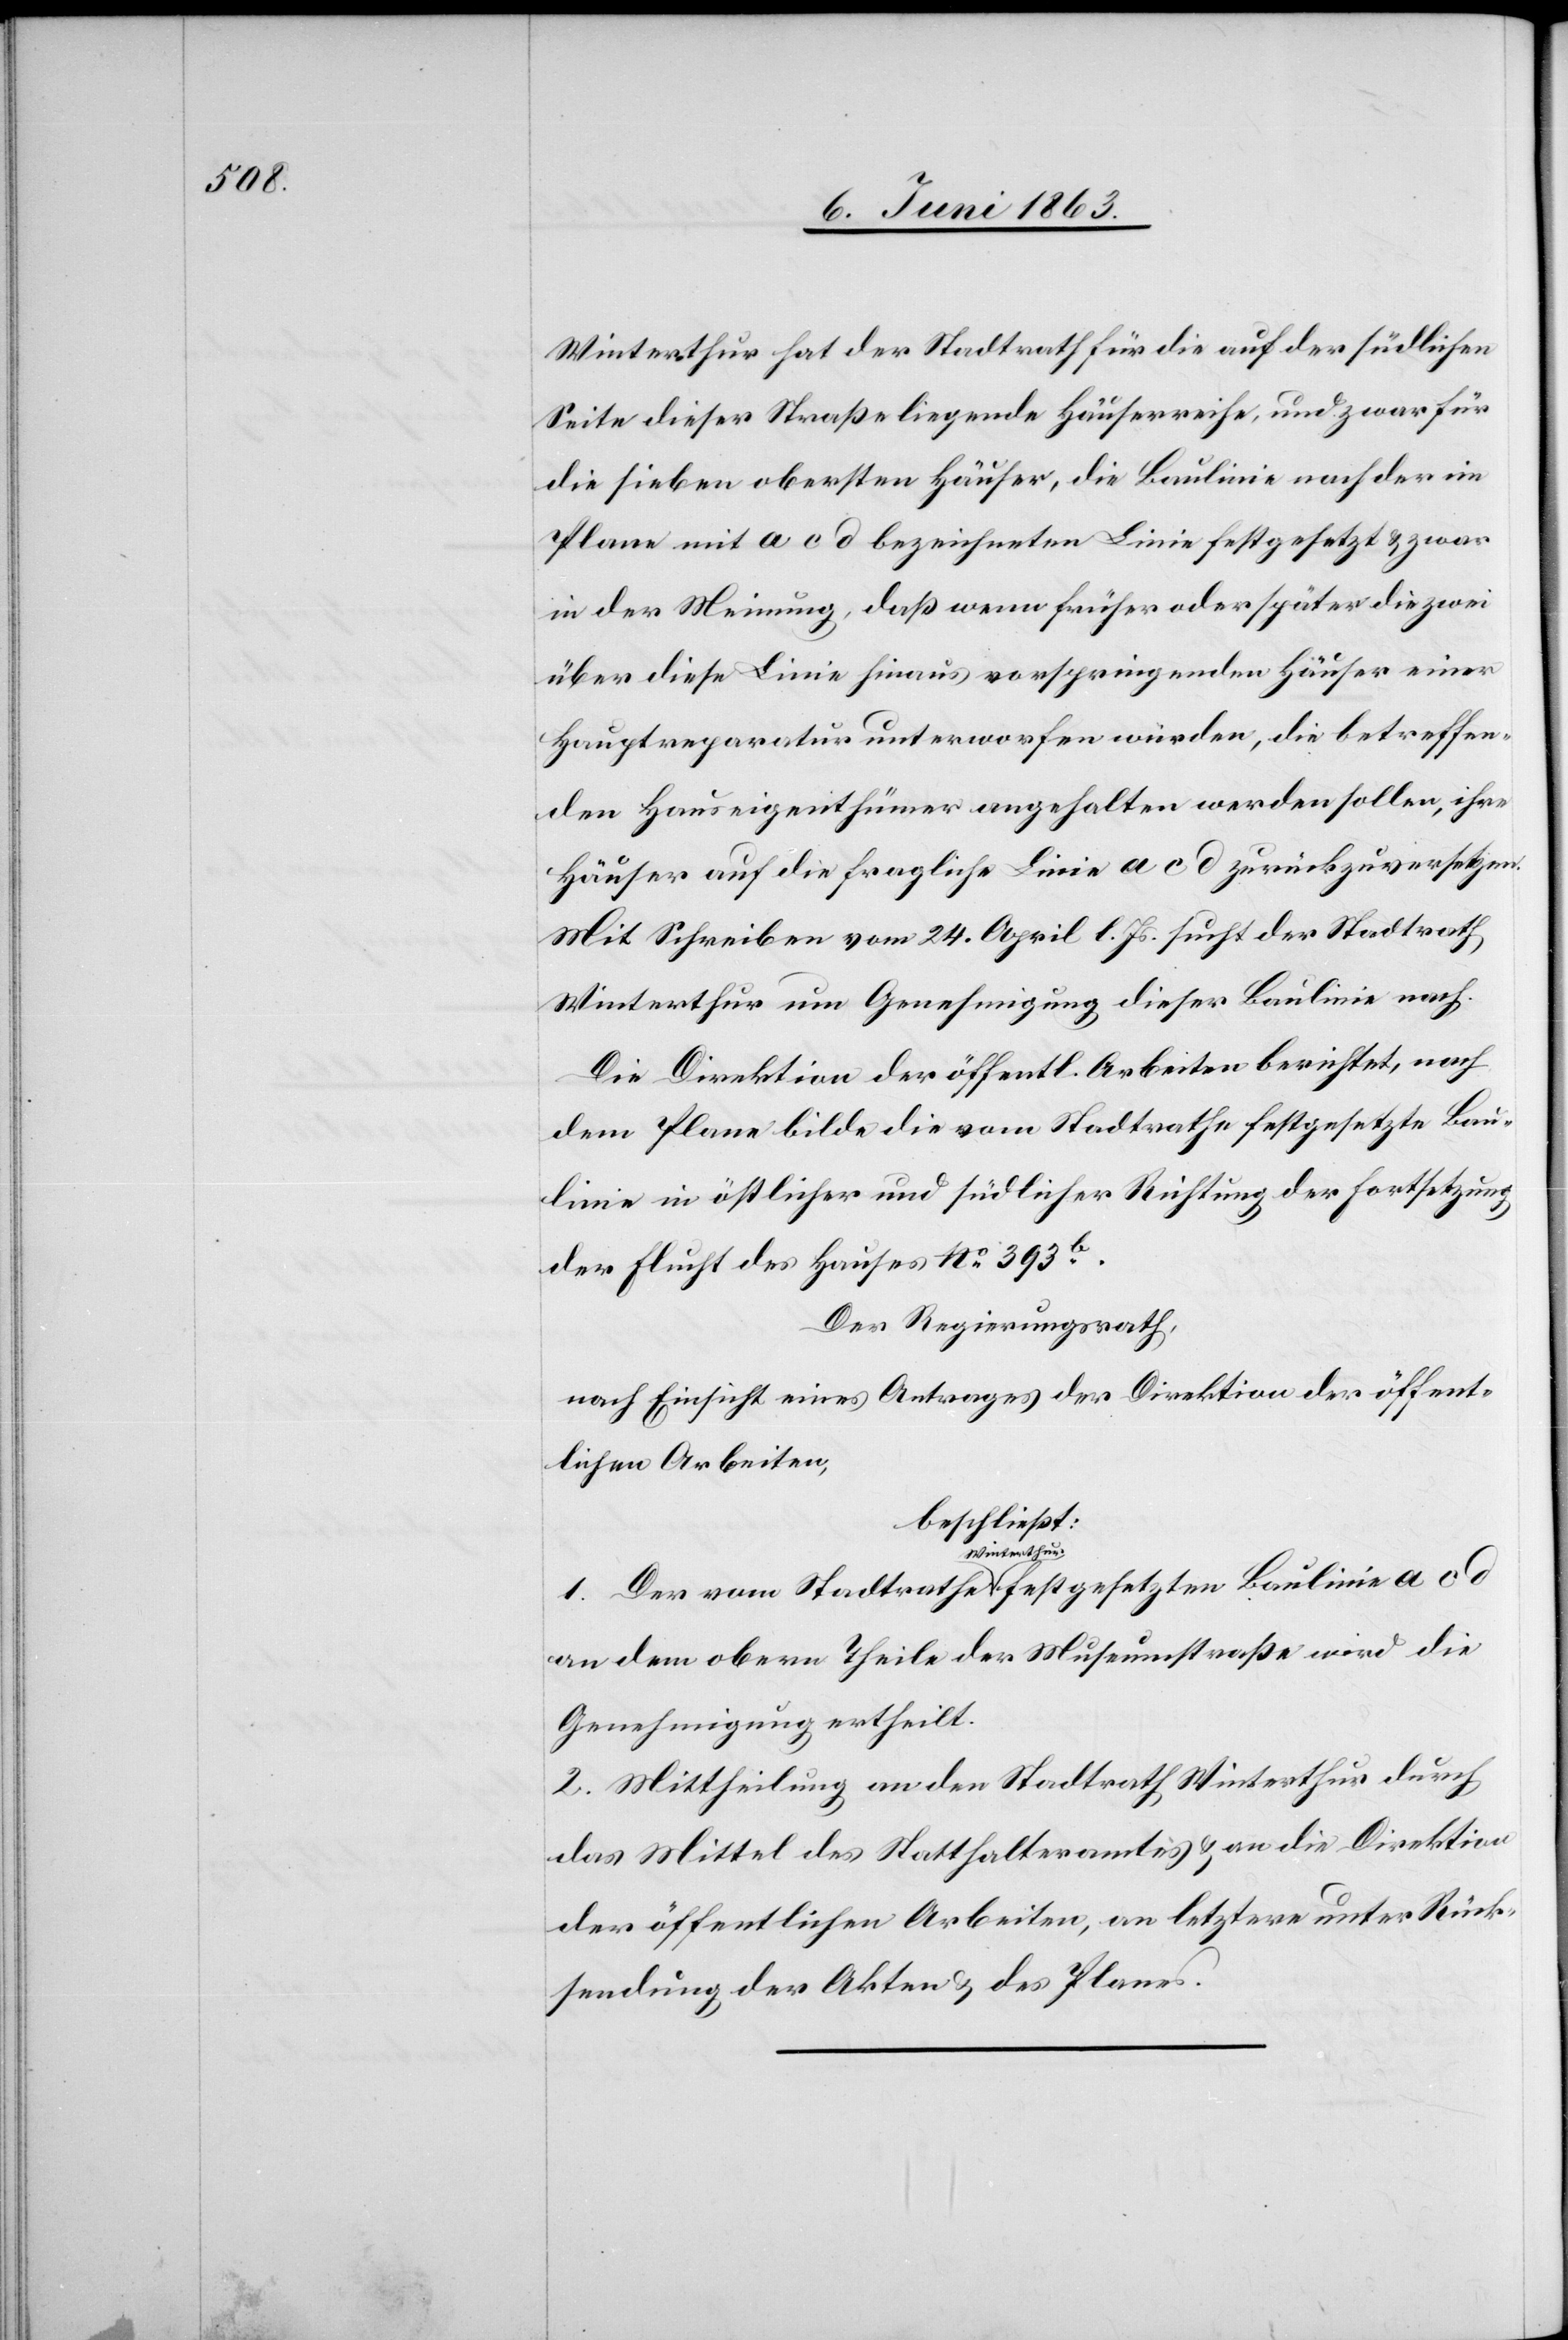
Winterthur hat der Stadtrath für die auf der südlichen
Seite dieser Straße liegende Häuserreihe, und zwar für
die sieben obersten Häuser, die Baulinie nach der im
Plane mit a c d bezeichneten Linie festgesetzt & zwar
in der Meinung, daß wenn früher oder später die zwei
über diese Linie hinaus vorspringenden Häuser einer
Hauptreparatur unterworfen würden, die betreffen¬
den Hauseigenthümer angehalten werden sollen, ihre
Häuser auf die fragliche Linie a c d zurückzuversetzen.
Mit Schreiben vom 24. April l. Js. sucht der Stadtrath
Winterthur um Genehmigung dieser Baulinie nach.
Die Direktion der öffentl. Arbeiten berichtet, nach
dem Plane bilde die vom Stadtrathe festgesetzte Bau¬
linie in östlicher und südlicher Richtung der [sic!] Fortsetzung
der Flucht des Hauses No 393b.
Der Regierungsrath,
nach Einsicht eines Antrages der Direktion der öffent¬
lichen Arbeiten,
beschließt:
festgesetzten
an dem obern Theile der Museumstraße [sic!] wird die
Genehmigung ertheilt.
2. Mittheilung an den Stadtrath Winterthur durch
das Mittel des Statthalteramtes & an die Direktion
der öffentlichen Arbeiten, an letztere unter Rück¬
sendung der Akten & des Planes.